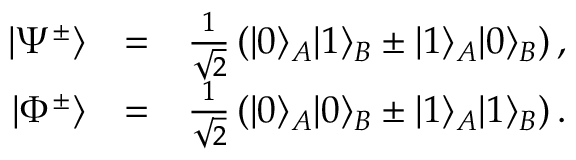
\begin{array} { r l r } { | \Psi ^ { \pm } \rangle } & { = } & { \frac { 1 } { \sqrt { 2 } } \left( | 0 \rangle _ { A } | 1 \rangle _ { B } \pm | 1 \rangle _ { A } | 0 \rangle _ { B } \right) , } \\ { | \Phi ^ { \pm } \rangle } & { = } & { \frac { 1 } { \sqrt { 2 } } \left( | 0 \rangle _ { A } | 0 \rangle _ { B } \pm | 1 \rangle _ { A } | 1 \rangle _ { B } \right) . } \end{array}